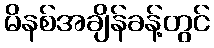
မိနစ်အချိန်ခန့်တွင်